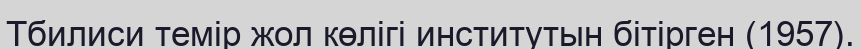
Тбилиси темір жол көлігі институтын бітірген (1957).